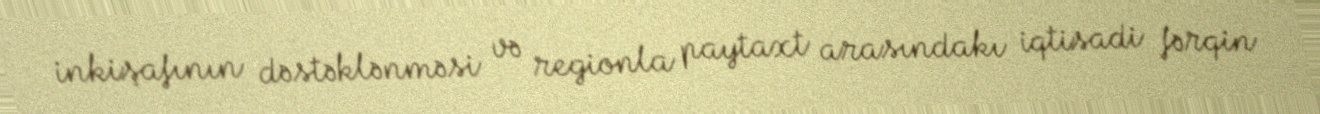
inkişafının dəstəklənməsi və regionla paytaxt arasındakı iqtisadi fərqin